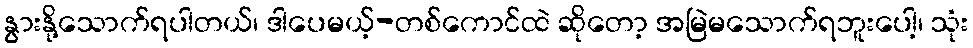
နွားနို့သောက်ရပါတယ်၊ ဒါပေမယ့်-တစ်ကောင်ထဲ ဆိုတော့ အမြဲမသောက်ရဘူးပေါ့၊ သုံး